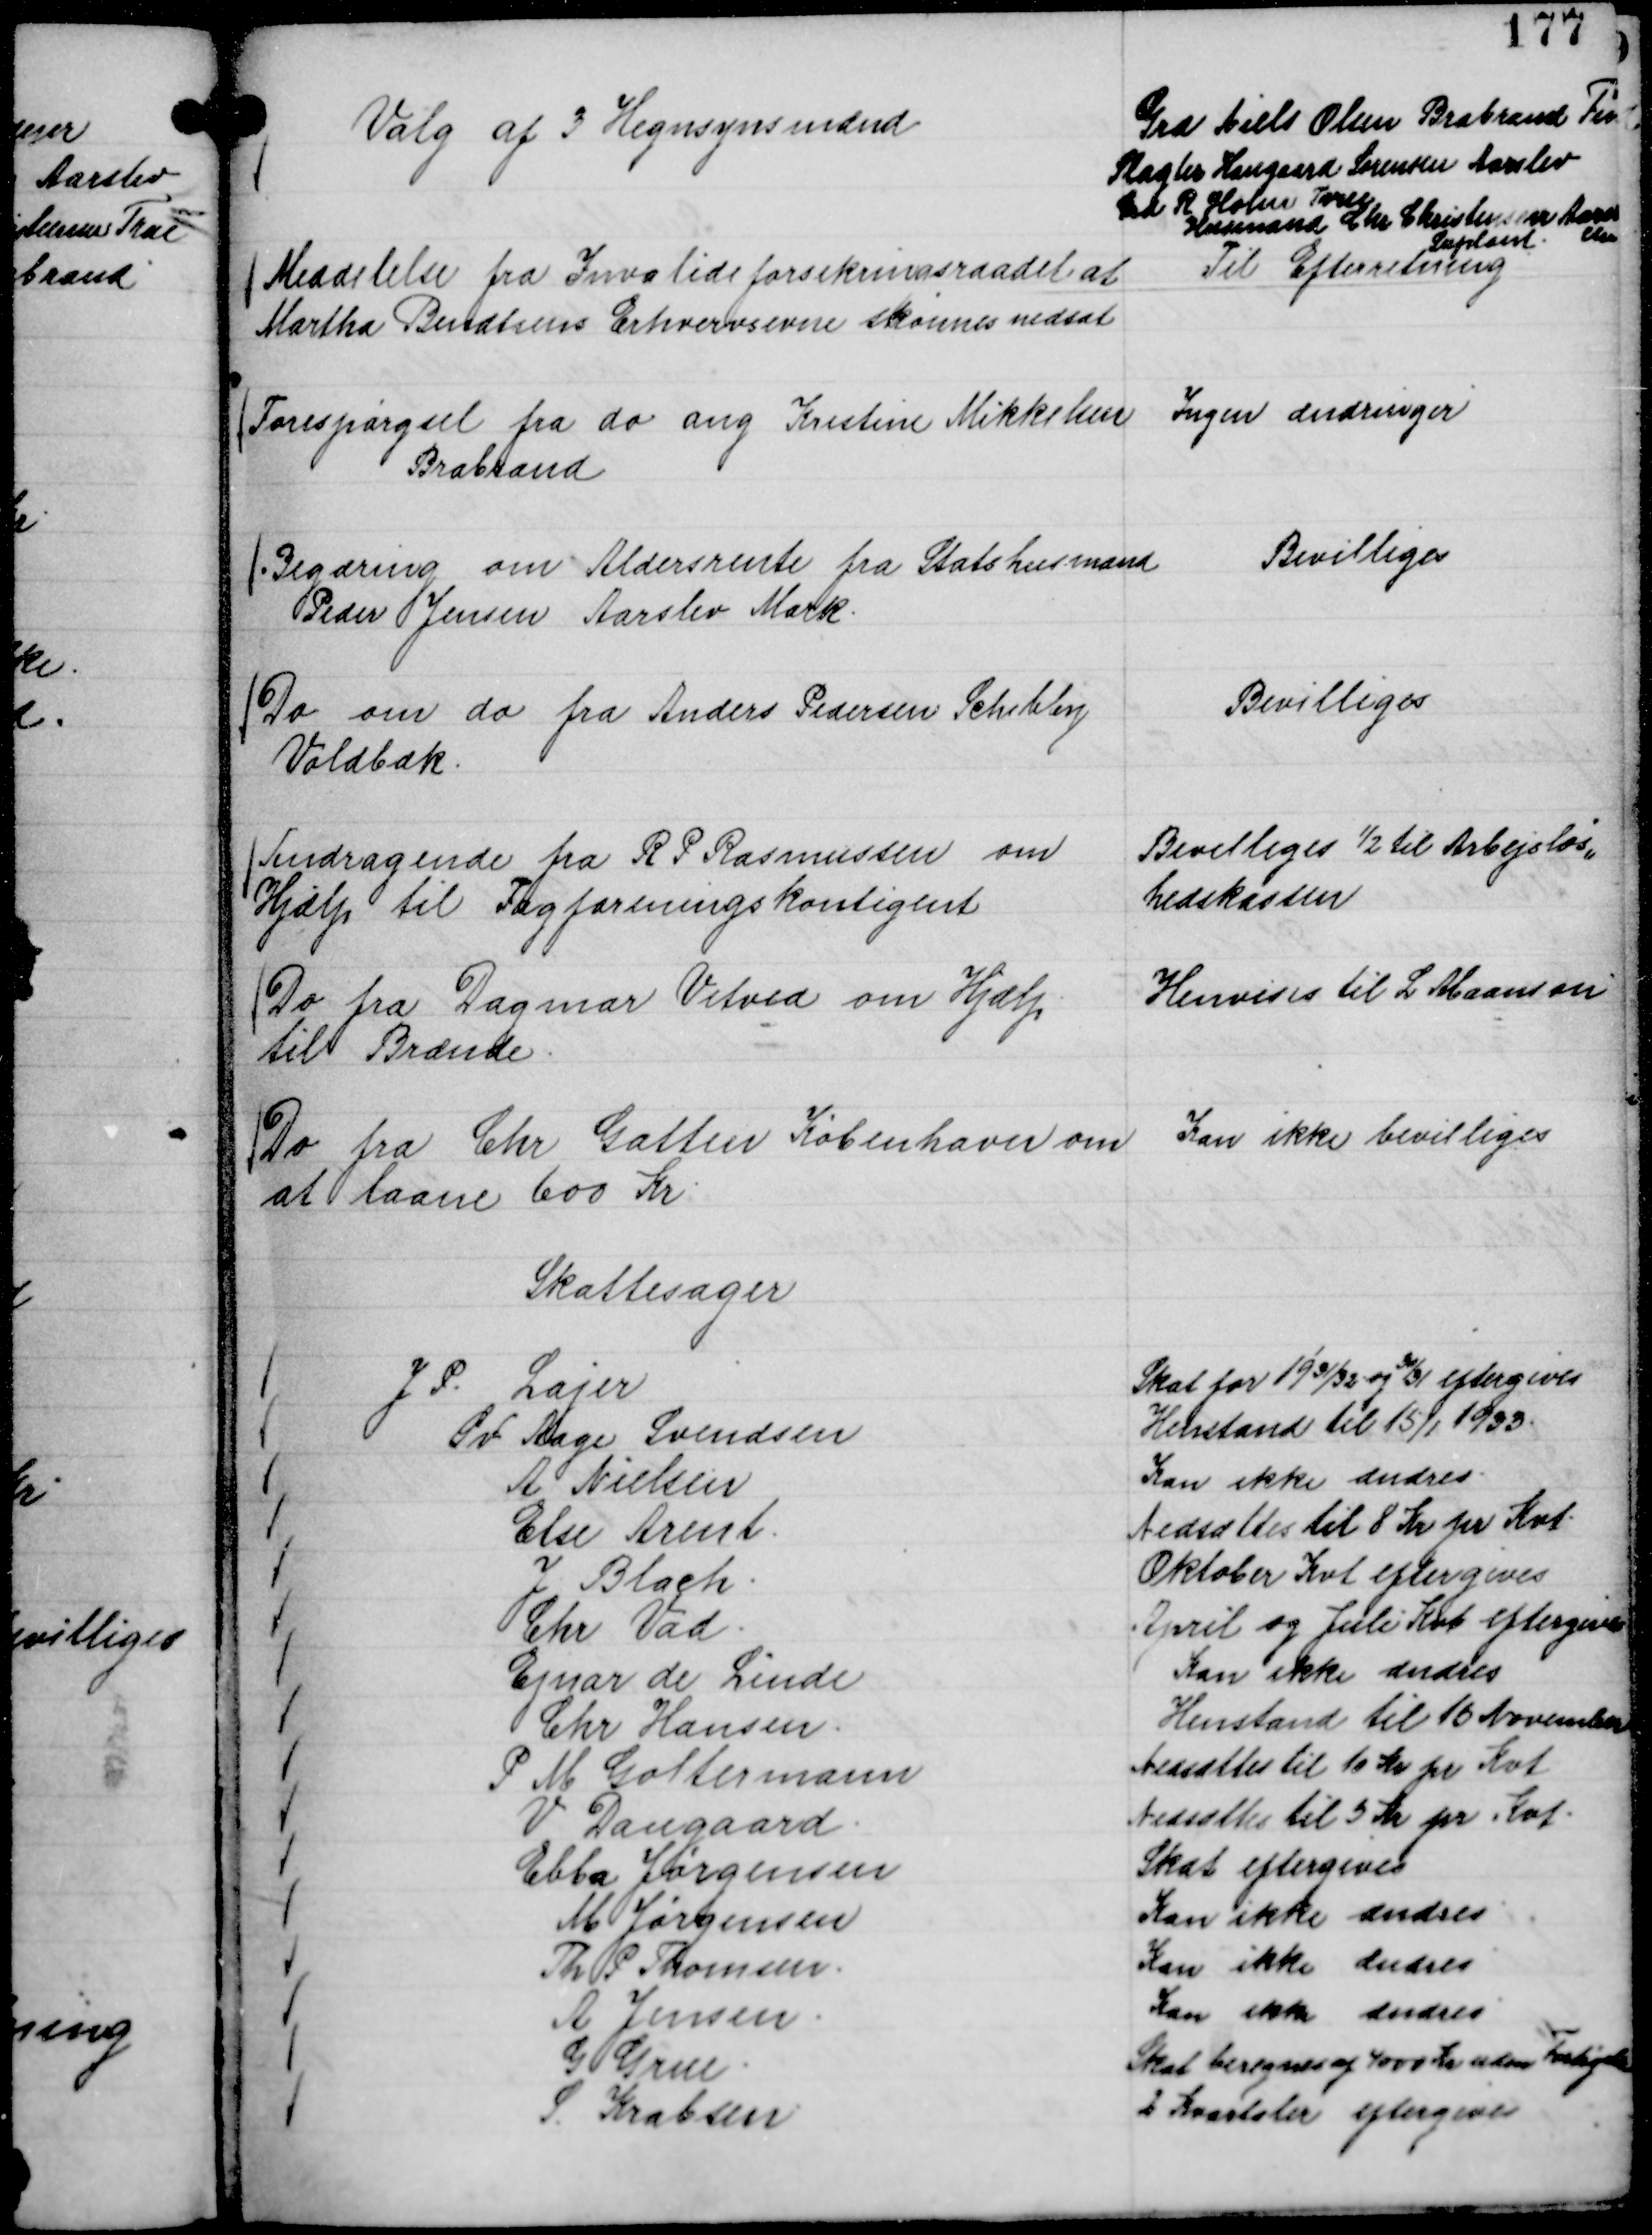
Transskription:
Valg af 3 Hegnsynsmænd

Grd Niels Olsen Brabrand Tind 
Slagter Haugaard Sørensen Aarslev
Grd R Holm True
Husmand Chr Christensen Aar
slev
Suplant.

Meddelelse fra Invalideforsikringsraadet at
Martha Bendtsens Erhvervsevne skønnes nedsat

Til Efterretning

Forespørgsel fra do ang Kistine Mikkelsen
Brabrand

Ingen ændringer

Begæring om Aldersrente fra Statshusmand
Peder Jensen Aarslev Mark.

Bevilliges

Do om do fra Anders Pedersen Schibby
Voldbæk.

Bevilliges

Andragende fra R P Rasmussen om
Hjælp til Fagforeningskontigent

Bevilliges ½ til Arbejsløs,,
hedskassen

Do fra Dagmar Vitved om Hjælp
til Brænde.

Henvises til L Maanson

Do fra Chr Gatten København om
at laane 600 Kr.

Kan ikke bevilliges

Skattesager
J P. Lajer
Skat for 19 31/32 og

30/31 eftergives
Sv Aage Svendsen
Henstand til 15/1 1933.
A Nielsen
Kan ikke ændres.
Else Arent.
Nedsættes til 8 Kr pr Kvt.
J Blach.
Oktober Kvt eftergives
Chr Vad.
April og Juli Kvt eftergives
Ejnar de Linde
Kan ikke ændres
Chr Hansen.
Henstand til 15 November
P M Goltermann
Nedsættes til 10 Kr pr Kvt
V Daugaard.
Nedsættes til 5 Kr pr Kvt.
Ebba Jørgensen
Skat eftergives
M Jørgensen
Kan ikke ændres.
Th P Thomsen.
Kan ikke ændres.
A Jensen.
Kan ikke ændres.
G Grue.
Skat beregnes af 4000 Kr uden Forhøjelse
S Krabsen
2 Kvartaler eftergives